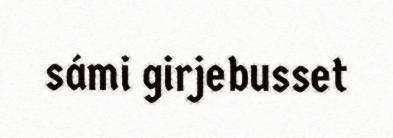
sámi girjebusset